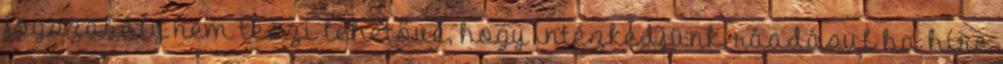
jogszabály nem teszi lehetővé, hogy intézkedjünk, ráadásul ha híre